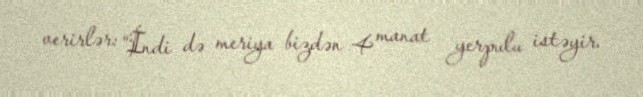
verirlər: “İndi də meriya bizdən 4 manat yerpulu istəyir.